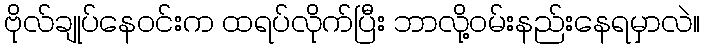
ဗိုလ်ချုပ်နေဝင်းက ထရပ်လိုက်ပြီး ဘာလို့ဝမ်းနည်းနေရမှာလဲ။